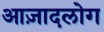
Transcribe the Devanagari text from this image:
आज़ादलोग